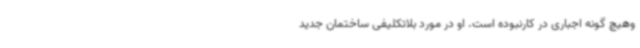
وهیچ گونه اجباری در کارنبوده است. او در مورد بلاتکلیفی ساختمان جدید